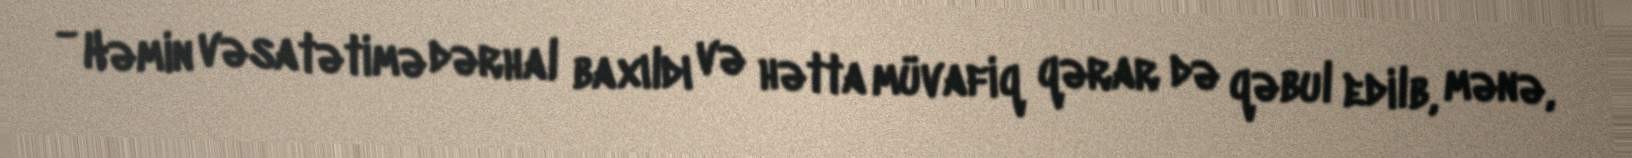
- Həmin vəsatətimə dərhal baxıldı və hətta müvafiq qərar də qəbul edilb, mənə,